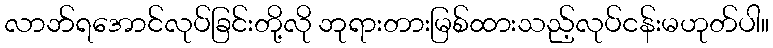
လာဘ်ရအောင်လုပ်ခြင်းတို့လို ဘုရားတားမြစ်ထားသည့်လုပ်ငန်းမဟုတ်ပါ။